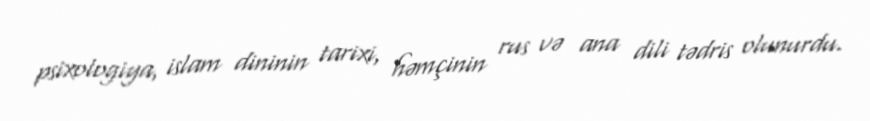
psixologiya, islam dininin tarixi, həmçinin rus və ana dili tədris olunurdu.